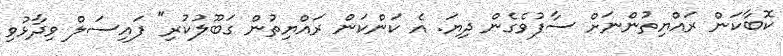
ކޮބާކަން ރައްޔިތުންނަށް ސާފުވެގެން ދިޔަ. އެ ކަންކަން ރައްޔިތުން ގަބޫލުކުރި" ފައިސަލް ވިދާޅުވި